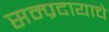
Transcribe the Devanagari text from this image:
सम्प्रदायाचे